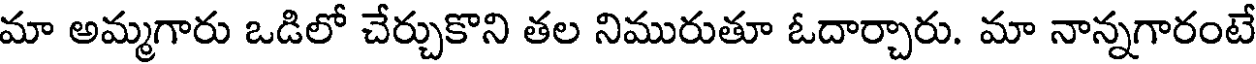
మా అమ్మగారు ఒడిలో చేర్చుకొని తల నిమురుతూ ఓదార్చారు. మా నాన్నగారంటే